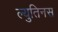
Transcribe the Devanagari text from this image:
ल्युतिनस